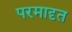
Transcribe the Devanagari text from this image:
परमादृत